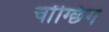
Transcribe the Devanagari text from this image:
चोंग्छिंग